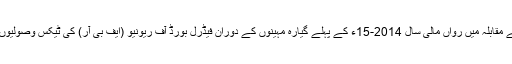
2015ء) گزشتہ مالی سال کے مقابلہ میں رواں مالی سال 2014-15ء کے پہلے گیارہ مہینوں کے دوران فیڈرل بورڈ آف ریونیو (ایف بی آر) کی ٹیکس وصولیوں میں 13فیصد اضافہ ہوا ہے ۔